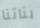
بناتنا